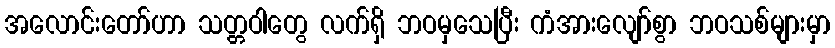
အလောင်းတော်ဟာ သတ္တဝါတွေ လက်ရှိ ဘဝမှသေပြီး ကံအားလျော်စွာ ဘဝသစ်များမှာ